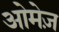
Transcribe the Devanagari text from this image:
ओमेज़